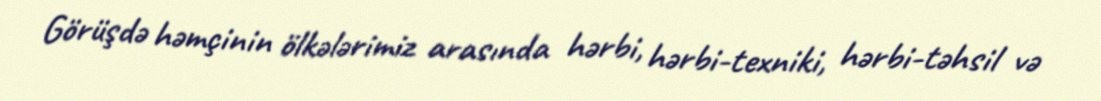
Görüşdə həmçinin ölkələrimiz arasında hərbi, hərbi-texniki, hərbi-təhsil və